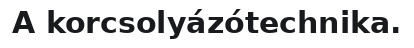
A korcsolyázótechnika.